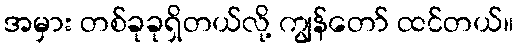
အမှား တစ်ခုခုရှိတယ်လို့ ကျွန်တော် ထင်တယ်။